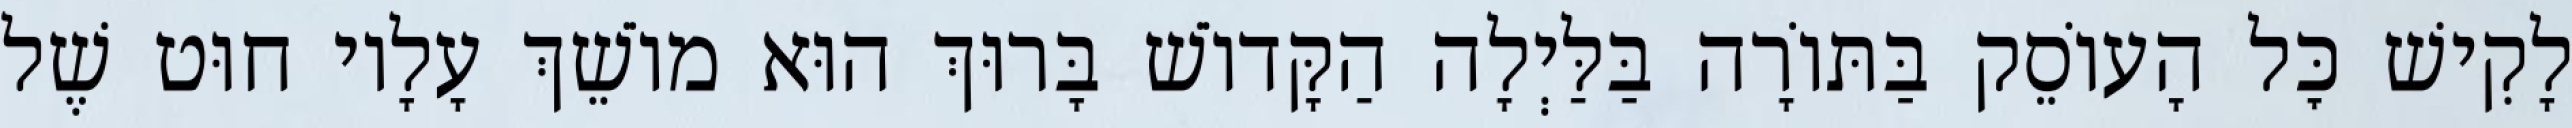
לָקִישׁ כׇּל הָעוֹסֵק בַּתּוֹרָה בַּלַּיְלָה הַקָּדוֹשׁ בָּרוּךְ הוּא מוֹשֵׁךְ עָלָיו חוּט שֶׁל